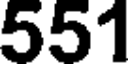
551